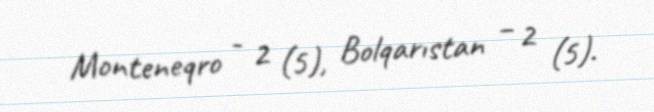
Monteneqro - 2 (5), Bolqarıstan – 2 (5).